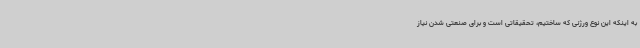
به اینکه این نوع ورژنی که ساختیم، تحقیقاتی است و برای صنعتی شدن نیاز